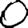
Digit: 0